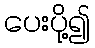
ပေးပို့၍